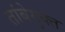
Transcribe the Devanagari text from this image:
तांबेयुक्त